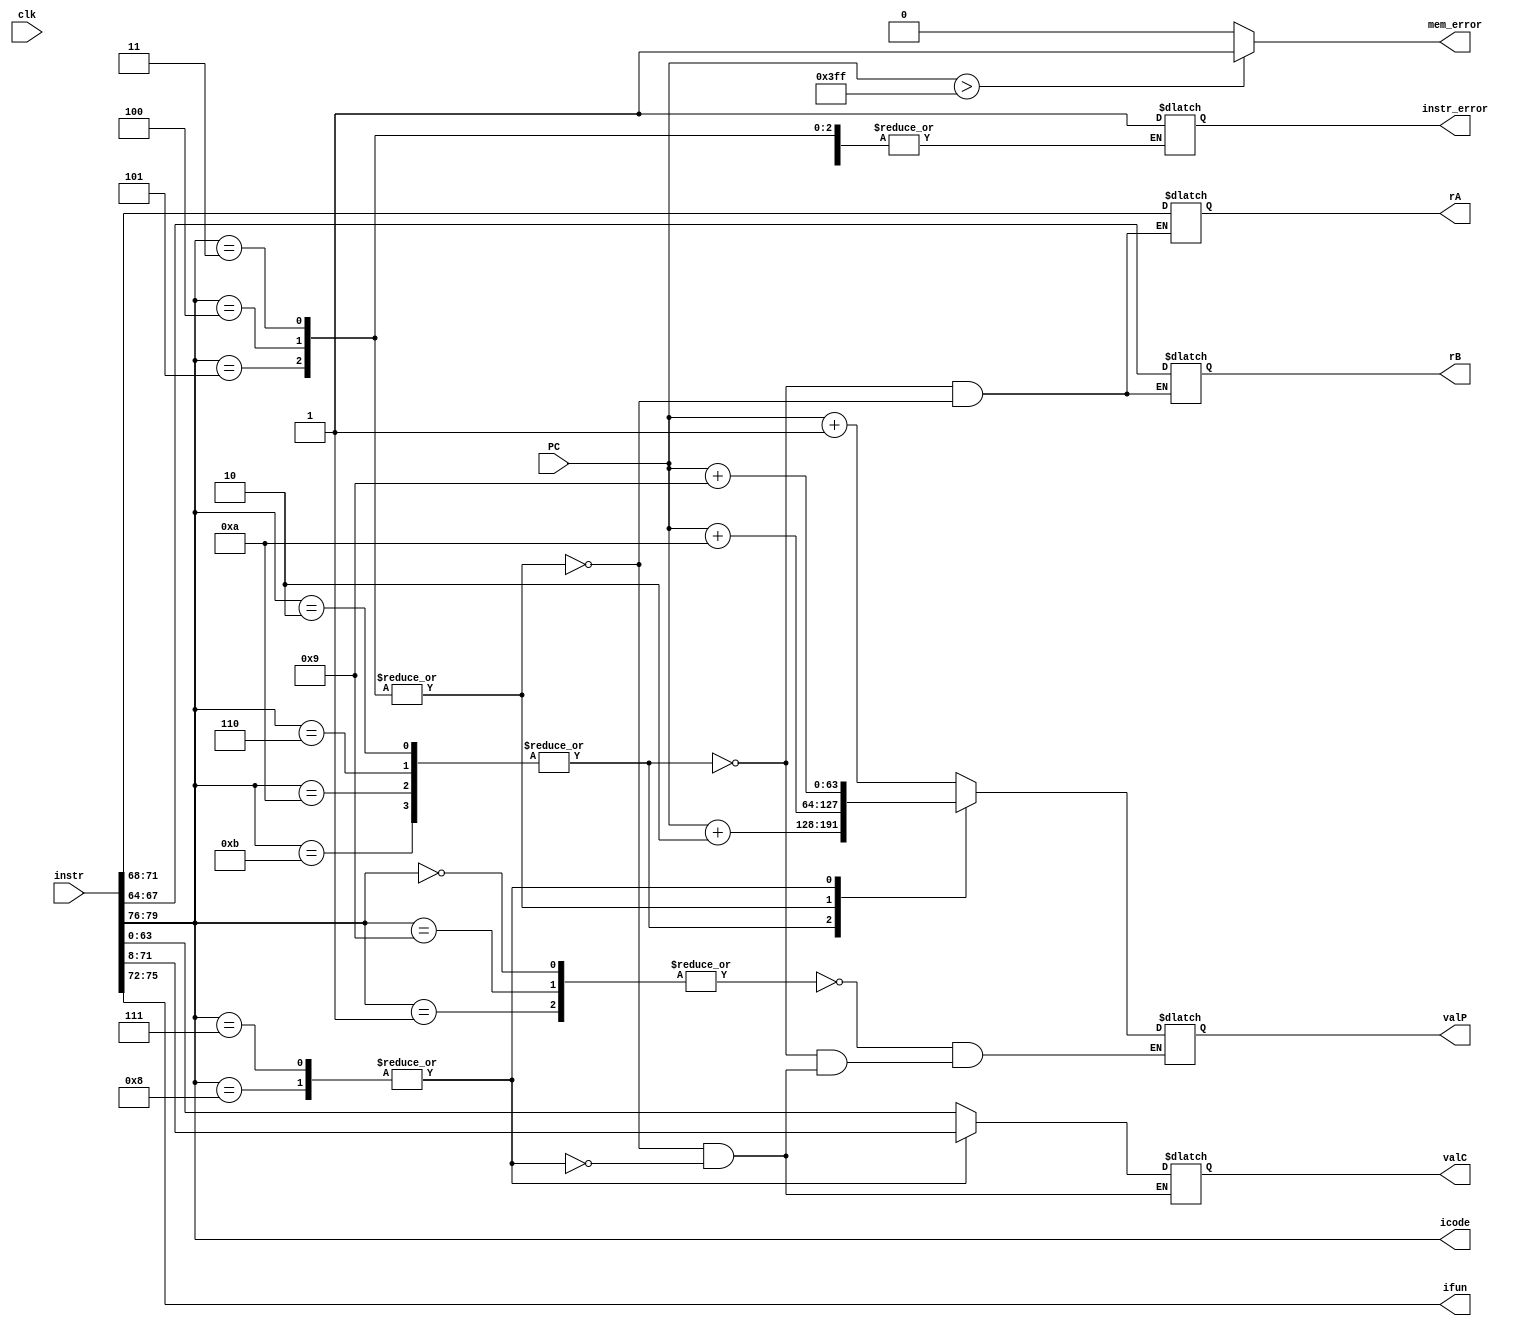
module fetch(
    output reg [3:0] icode,
    output reg [3:0] ifun,
    output reg [3:0] rA,
    output reg [3:0] rB,
    output reg [63:0] valC,
    output reg [63:0] valP,
    output reg mem_error,
    output reg instr_error,
    input clk,
    input [63:0] PC,
    input [0:79] instr
);

    always @* begin
        if (PC > 1023) begin
            mem_error = 1'b1;
        end
        else begin
            mem_error = 1'b0;
        end
        
        icode = instr[0:3];
        ifun = instr[4:7];
        
        case (icode)
            4'b0000, 4'b1001, 4'b0001: begin
                valP = PC + 1;
            end
            4'b0010, 4'b0110, 4'b1010, 4'b1011: begin
                rA = instr[8:11];
                rB = instr[12:15];
                valP = PC + 2;
            end
            4'b0011, 4'b0100, 4'b0101: begin
                rA = instr[8:11];
                rB = instr[12:15];
                valC = instr[16:79];
                valP = PC + 10;
            end
            4'b0111, 4'b1000: begin
                valC = instr[8:71];
                valP = PC + 9;
            end
            default: begin
                instr_error = 1;
            end
        endcase
    end
endmodule